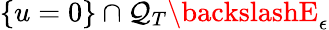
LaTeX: \{ u=0\} \cap\mathcal{Q}_{T}\backslashE_{\epsilon}